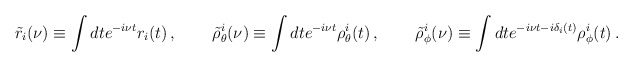
\begin{align*}\tilde r_i(\nu) \equiv \int dt e^{-i\nu t} r_i(t) \,,\kern 0.35 in\tilde\rho_\theta^i(\nu) \equiv \int dt e^{-i\nu t} \rho_\theta^i(t) \,,\kern 0.35 in\tilde\rho_\phi^i(\nu) \equiv \int dt e^{-i\nu t - i\delta_i(t)} \rho_\phi^i(t) \,.\end{align*}